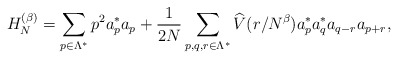
\begin{align*}H_N^{(\beta)}=\sum_{p\in\Lambda^*} p^2 a^*_p a_p + \frac{1}{2N}\sum_{p,q,r \in \Lambda^*}\widehat V(r/N^\beta) a^*_p a^*_q a_{q-r}a_{p+r},\end{align*}